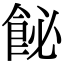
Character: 飶